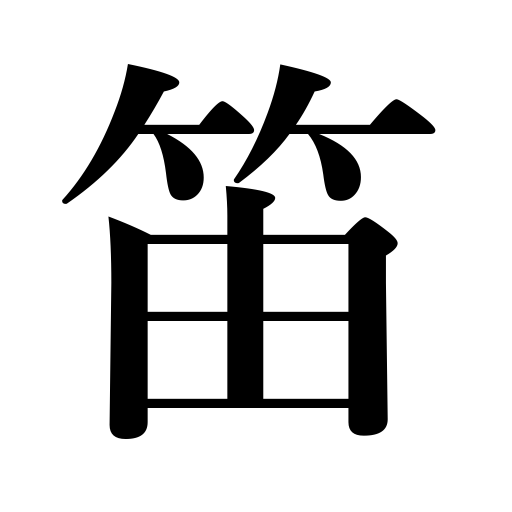
Meanings: fife,clarinet,pitch pipe,whistle,bagpipe,pipe,flute,piccolo